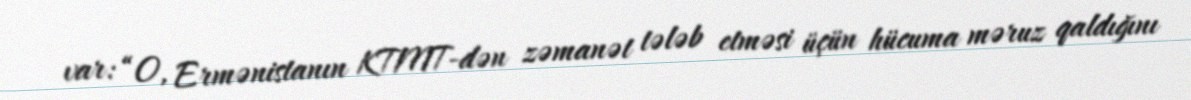
var: “O, Ermənistanın KTMT-dən zəmanət tələb etməsi üçün hücuma məruz qaldığını